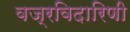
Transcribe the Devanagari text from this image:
वज्रविदारिणी